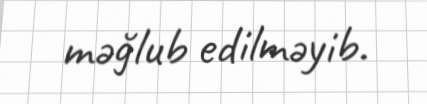
məğlub edilməyib.